Vital statistics of India. Vol. VI, European troops 1870-79
Year: 1870
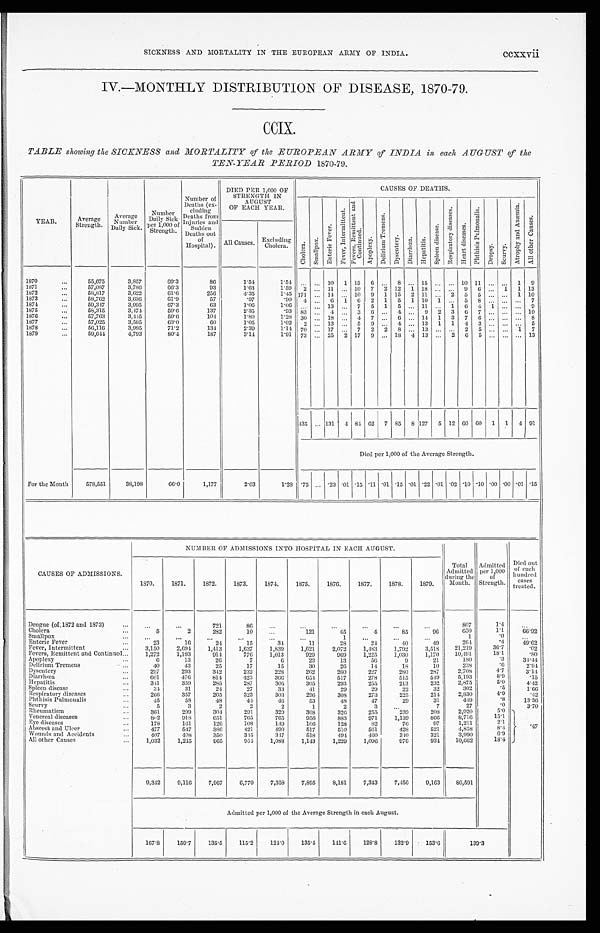
SICKNESS AND MORTALITY IN THE EUROPEAN ARMY OF INDIA.
IV.—MONTHLY DISTRIBUTION OF DISEASE, 1870-79.
CCIX.
TABLE showing the SICKNESS and MORTALITY of the EUROPEAN ARMY of INDIA in each AUGUST of the
T E N - Y E A R
P E R I O D 1 8 7 0 - 1 8 7 9 .
YEAR.
Average
Strength.
A v e r a g e
N u m b e r
Daily Sick.
Number
Daily
S i c k p e r 1 , 0 0 0 o f s t r e n g t h .
Number of
Deaths (ex-
cluding
Deaths from Injuries
Deaths and sudden Deaths out
of
Hospital).
DIED PER 1,000 OF
STRENGTH IN
AUGUST
OF EACH YEAR.
CAUSES OF DEATHS.
C h o l e r a
S m a l l p o x
E n t e r i c F e v e r .
F e v e r , I n t e r m i t t e n t . F e v e r , R e m i t t e n t a n d C o n t i n u e s .
A p o p l e x y .
D e l i r i u m T r e me n s .
Dy s e n t r y .
D i a r r h œ a .
Hepat i t i s.
S p l e e n d i s e a s e .
Respi r at or y di seasea.
H e a r t d i s e a s e s .
P h t h i s i s P u l m o n a l i s .
D r o p s y .
S e u r v y .
A t r o p h y a n d A n æ m i a .
Al l o t h e r C a u s e s .
All Causes. Excluding
Cholera.
1870
55,675
3,857
69.3
86
1.54
1.54 ... ... 10
1 15
6
. . . 8 ... 15 ... ... 10 11 ...
. . .
1
9
1871
57,087
3,786
66.3
9 3
1.63
1.59
2
. . . 11 ...
10
7 2 12
1 18
. . .
. . . . . 9
6 ...
1 1 13
1 8 7 2
58,817
3,622
61.6
256
4.35
1.45 171
. . .
14
... 10
9
1 15
2 11
. . . 2
5
5
. . . . .
. . . 1 10
1873
58,762
3,636
61.9
57
.97
.90
4
. . . 6
1
6
2
1
5
1 10
1
. . .
5 8
. . .
. . . ... 7
1874
59,347
3,995
67.3
63
1.06
1.06
. . .
. . . 13 ...
7
5
1
5
. . . 11 .... 1
6 4
1
. . . ... 9
1875
58,315
3,474.
59.6
137 2 . 3 5
. 9 3 83
. . . 4 ...
3
6 ...
4
. . .
9 2
3
6 7
. . . .
. . . ... 10
1876
57,763
3,445
59.6
104
1 . 8 0
1.28 30
. . . 18 ...
4.
7 ...
6
. . . 14 1
3
7
6
. . .
. . . ... 8
1877
57,025
3,595
63.0
60
1.05
1.02
2
. . . 13 ...
5
9 ...
4
. . . 13
1
1
4
3
. . .
... 5
1878
5 6 , 1 1 6
3,995
7 1 . 2
1 3 4 2 . 3 9
1 . 1 4 70
. . . 17 ...
7
2
2 8
. . . 13
. . .
. . . 2
5
. . .
. . .
1 7
1879
For the Month
59,644
4,793
80.4
187
3.14
1.91 73 ... 25
2 17
9 ... 18
4 13 ...
.2
6
5 ...
. . .
... 13
435 ... 131
4 81 62
7 85
8 127
5 12
6 0 60
1
1
4 91
Died per 1,000 of the Average Strength.
578,551
33,198
66.0
1,177
2.03
1..28 .75 .... .23 .01 .15 .11 .01 .15 .01 .22 .01
. 0 2 .10 .10
. 0 0 .00 .01 .15
CAUSES OF ADMISSIONS.
NUMBER OF ADMISSIONS INTO HOSPITAL IN EACH AUGUST.
Total
Admitted
during the
Month.
Admitted
per 1,000
of
Strength.
Died out
of each
hundred
cases treated.
1870.
1871.
1872.
1873.
1974.
1875.
1376.
1877.
1878.
1879.
Dengue (01,1872 and 1873)
. . .
. . .
721
86
...
...
. . .
. . .
. . .
...
807
1.4
. . .
Cholera
5
2
282
10
. . .
121
45
4
85
96
650
1.1
66.92
Smallpox
...
...
...
...
...
...
1
...
...
...
1
.0
...
Enteric Fever
23
16
24
15
34
11
28
24
40
49
264
. 4
49.62
Fever, Intermittent
3,150
2,694
1,413
1,637
1,839
1,621
2,072
1,483
1,792
3,518
21,219
3 6 . 7
.02
Fevers, Remittent and Continued
1,272
1,193
914
776
1,013
929
969
1,225
1,030
1,170
10,491
1 8 . 1
. 8 0
Apoplexy
6
13
26
7
6
23
13
56
9
21
180
. 3
34.44
Delirium Tremens
40
43
25
17
15
30
26
14
18
10
238
. 6
2.94
Dysentery
297
293
342
232
228
262
260
227
280
287
2,708
4 . 7
3 . 1 4
Diarrhœa
601
476
814
423
366
654
517
278
515
549
5,193
8 . 9
.15
Hepatitis
341
359
285
287
305
305
293
255
213
232
2 , 8 7 5
5 . 0
4 . 4 2
Spleen disease
34
31
24
27
33
41
29
29
22
32
3 0 2
. 5
1 . 6 6
Respiratory diseases
266
357
265
323
303
296
308
273
225
214
2 , 8 3 0
4 . 9
.42
Phthisis Pulmonali
45
58
48
44
46
53
48
47
29
31
449
. 8
13.36
S c u r v y
5
3
2
2
2
1
2
3
...
7
27
.0
3.70
Rheumatism
361
299
304
291
329
308
326
255
239
208
2,920
5 . 0 . 4 7
Venereal disease
8 0 2
918
651
765
765
956
883
971
1,139
866
8 , 7 1 6
1 5 . 1
Eye diseases
178
161
126
108
149
106
128
82
76
9 7
1 , 2 1 1
2 . 1
Abscess and Ulcer
477
547
386
421
490
517
510
561
428
5 2 1
4 , 8 5 8
8 . 4
Wounds and Accidents
407
408
350
315
347
518
494
4 6 0
340
321
3,990
6 . 9
All other Causes
1,032
1,245
965
954
1,088
1,143
1,229
1,096
976
934
10,662
1 8 . 4
9,342
9,116
7,967
6,770
7,358
7,895
8,181
7,343
7,456
9,163
80,591
Admitted per 1,000 of the Average Strength in each August.
167.8
159.7
135.5
115.2
124.0
135.4
141.6
128.8
132.9
153.6
139.3